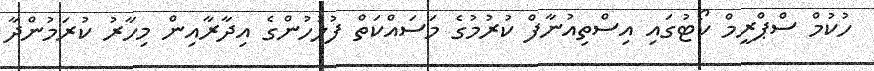
ހުކުމް ސްޕްރީމް ކޯޓުގައި އިސްތިއުނާފް ކުރުމުގެ މަސައްކަތް ފުލުހުންގެ އިދާރާއިން މިހާރު ކުރަމުންދާ